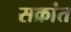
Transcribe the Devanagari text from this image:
सक्रांत